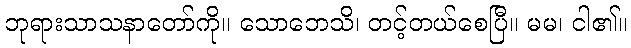
ဘုရားသာသနာတော်ကို။ သောဘေသိ၊ တင့်တယ်စေပြီ။ မမ၊ ငါ၏။